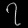
Digit: ၇